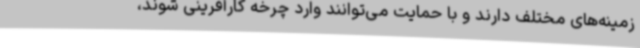
زمینه‌های مختلف دارند و با حمایت می‌توانند وارد چرخه کارآفرینی شوند،